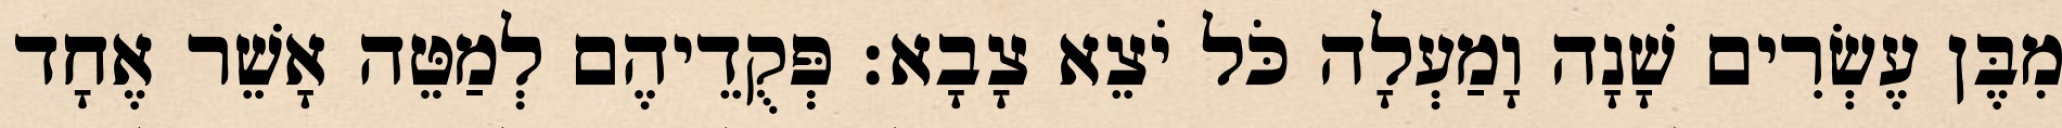
מִבֶּן עֶשְׂרִים שָׁנָה וָמַעְלָה כֹּל יֹצֵא צָבָא׃ פְּקֻדֵיהֶם לְמַטֵּה אָשֵׁר אֶחָד